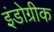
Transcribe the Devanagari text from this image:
इंडोग्रीक